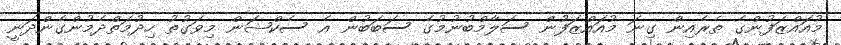
މުއައްޒަފުންގެ ތެރެއިން ގިނަ މުއައްޒަފުން ސަލާމްބުނުމުގެ ސަބަބުން އެ ސެކްޝަން މިވަގުތު ހިދުމަތްދެމުންގެންދަނީ